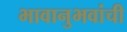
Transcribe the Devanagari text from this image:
भावानुभवांची